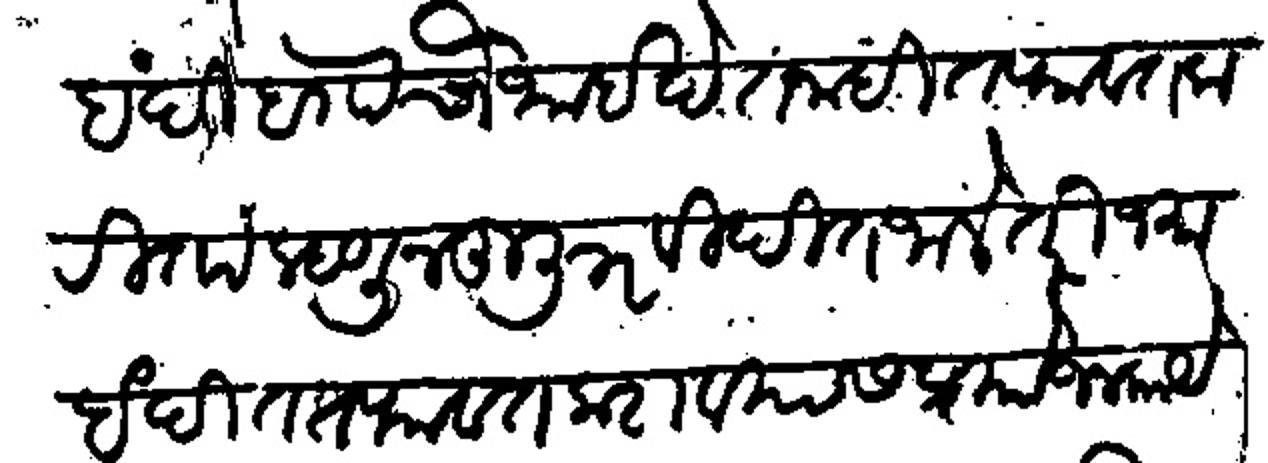
Transliteration (Devanagari): जमाबंदी बचौथाई देत नाही तफावत करीता म्हणून हुजूर विदीत जाले तरी जमाबंदीत तफावत करावयास प्रयोजन काये